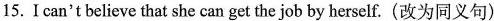
15. I can't believe that she can get the job by herself. (改为同义句)